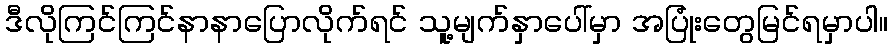
ဒီလိုကြင်ကြင်နာနာပြောလိုက်ရင် သူ့မျက်နှာပေါ်မှာ အပြုံးတွေမြင်ရမှာပါ။